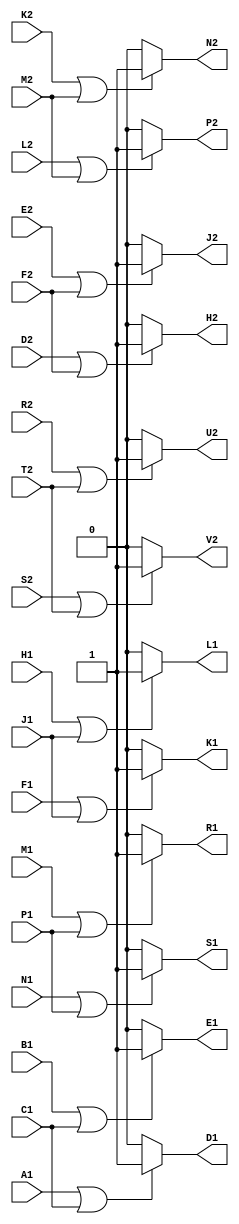
// M633 - Negative Bus Driver
// Kyle Owen - 10 March 2021

module m633_xilinx (
	input A1,
	input B1,
	input C1,
	output D1,
	output E1,
	input F1,
	input H1,
	input J1,
	output K1,
	output L1,
	input M1,
	input N1,
	input P1,
	output R1,
	output S1,
	//inout T1,  // ground
	//input U1,
	//input V1,

	//inout A2,  // +5V
	//inout B2,  // -15V (not used)
	//inout C2,  // ground
	input D2,
	input E2,
	input F2,
	output H2,
	output J2,
	input K2,
	input L2,
	input M2,
	output N2,
	output P2,
	input R2,
	input S2,
	input T2,
	output U2,
	output V2
	);

assign D1 = A1 | C1 ? 1'b1 : 1'b0;
assign E1 = B1 | C1 ? 1'b1 : 1'b0;
assign K1 = F1 | J1 ? 1'b1 : 1'b0;
assign L1 = H1 | J1 ? 1'b1 : 1'b0;
assign R1 = M1 | P1 ? 1'b1 : 1'b0;
assign S1 = N1 | P1 ? 1'b1 : 1'b0;
assign H2 = D2 | F2 ? 1'b1 : 1'b0;
assign J2 = E2 | F2 ? 1'b1 : 1'b0;
assign N2 = K2 | M2 ? 1'b1 : 1'b0;
assign P2 = L2 | M2 ? 1'b1 : 1'b0;
assign U2 = R2 | T2 ? 1'b1 : 1'b0;
assign V2 = S2 | T2 ? 1'b1 : 1'b0;

endmodule